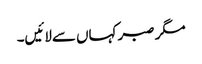
مگر صبر کہاں سےلائیں۔